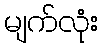
မျက်လုံး